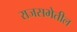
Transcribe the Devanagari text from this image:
राजसभेतील